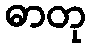
ဓာတု